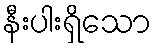
နီးပါးရှိသော